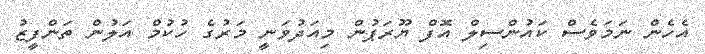
އެހެން ނަމަވެސް ކައުންސިލް އޮފް ޔޫރަޕުން މިއަދުވަނީ މަރުގެ ހުކުމް އަލުން ތަންފީޒު